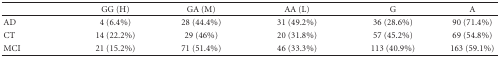
<table><thead><tr><td></td><td><b>GG (H)</b></td><td><b>GA (M)</b></td><td><b>AA (L)</b></td><td><b>G</b></td><td><b>A</b></td></tr></thead><tbody><tr><td>AD</td><td>4 (6.4%)</td><td>28 (44.4%)</td><td>31 (49.2%)</td><td>36 (28.6%)</td><td>90 (71.4%)</td></tr><tr><td>CT</td><td>14 (22.2%)</td><td>29 (46%)</td><td>20 (31.8%)</td><td>57 (45.2%)</td><td>69 (54.8%)</td></tr><tr><td>MCI</td><td>21 (15.2%)</td><td>71 (51.4%)</td><td>46 (33.3%)</td><td>113 (40.9%)</td><td>163 (59.1%)</td></tr></tbody></table>